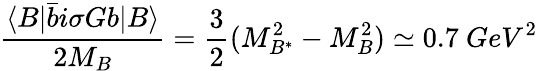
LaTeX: \frac{\langle B|\bar{b}i\sigma Gb|B\rangle}{2M_{B}}=\frac{3}{2}(M_{B^{*}}^{2}-M_{B}^{2})\simeq 0.7\ GeV^{2}